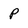
Character: P